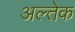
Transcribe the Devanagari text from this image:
अल्तेक